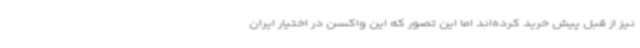
نیز از قبل پیش خرید کرده‌اند اما این تصور که این واکسن در اختیار ایران